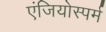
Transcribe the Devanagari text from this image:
एंजियोस्पर्म